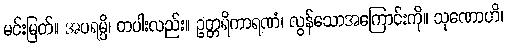
မင်းမြတ်။ အပရမ္ပိ၊ တပါးလည်း။ ဥတ္တရိကာရဏံ၊ လွန်သောအကြောင်းကို။ သုဏောဟိ၊